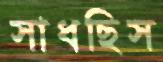
সাধছিস